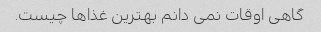
گاهی اوقات نمی دانم بهترین غذاها چیست.